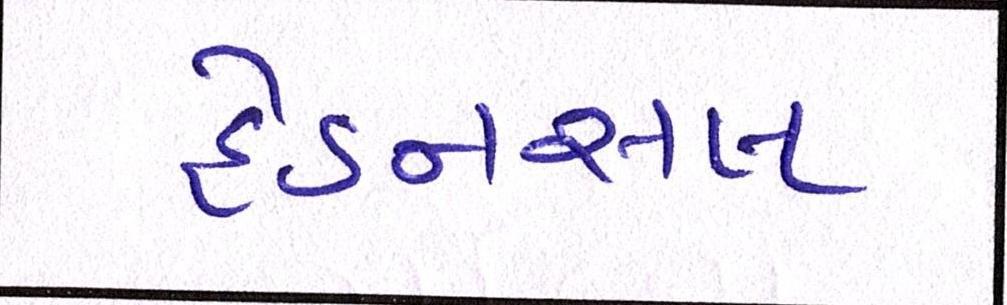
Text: હેડનસલ